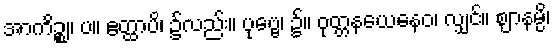
အာကိဉ္စ။ ပ။ ဧတ္ထာပိ၊ ၌လည်း။ ပုဗ္ဗေ၊ ၌။ ဝုတ္တနယေနေဝ၊ လျှင်။ ဈာနမ္ပိ၊